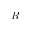
R